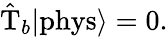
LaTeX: \hat{\mathrm{T}}_{b}|\mathrm{phys}\rangle=0.